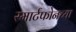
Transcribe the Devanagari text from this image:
स्मार्टफोनच्या